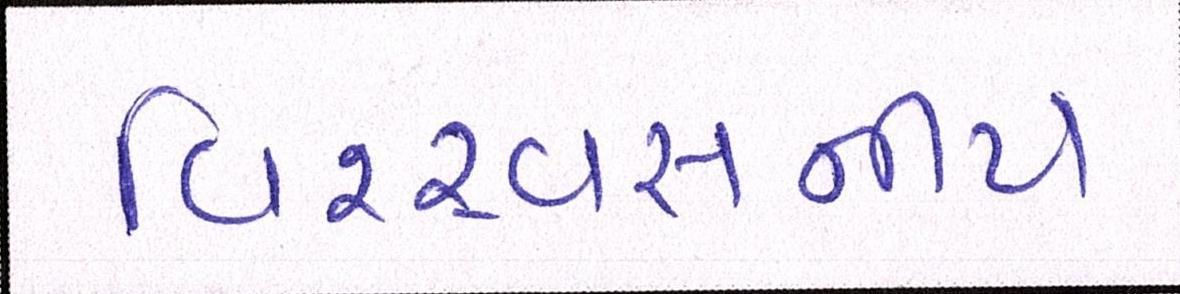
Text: વિશ્ર્વસનીય